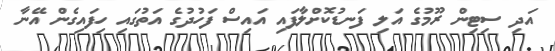
އަދި ސިޓިން ރޫމުގެ އަލި ފަނޑުކޮށްލާފައި އައިސް ފަހުދުގެ އަތުގައި ހިފައިގެން އޭނާ